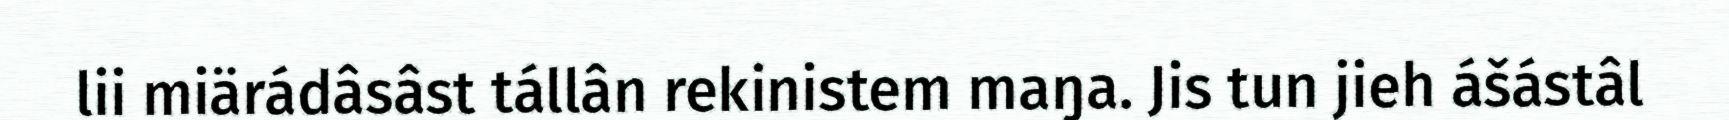
lii miärádâsâst tállân rekinistem maŋa. Jis tun jieh ášástâl